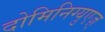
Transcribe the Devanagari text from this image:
दोमिनिग्युएज़्